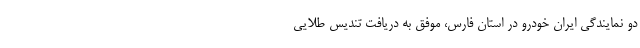
دو نمایندگی ایران خودرو در استان فارس، موفق به دریافت تندیس طلایی